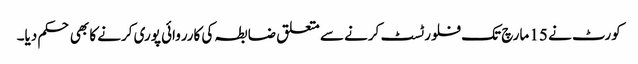
کورٹ نے 15 مارچ تک فلور ٹسٹ کرنے سے متعلق ضابطہ کی کارروائی پوری کرنے کا بھی حکم دیا۔